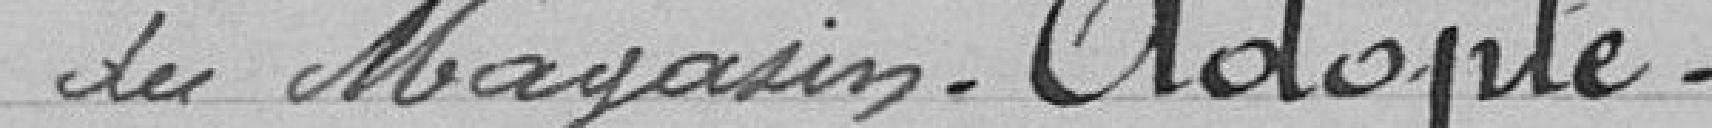
du Magasin. Adopté.